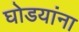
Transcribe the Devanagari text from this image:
घोडयांना